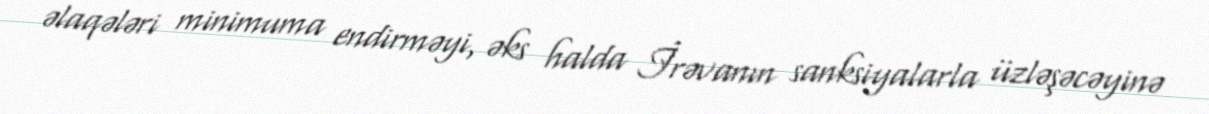
əlaqələri minimuma endirməyi, əks halda İrəvanın sanksiyalarla üzləşəcəyinə